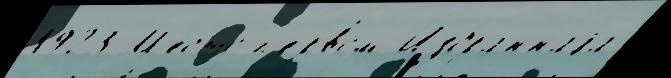
1923 М'е́сто п'е́рвом И́збраннаjа